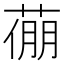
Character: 𦷛